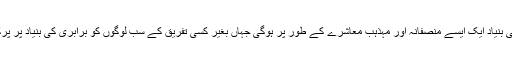
پیپلز ایکٹ کی بنیاد ایک ایسے منصفانہ اور مہذہب معاشرے کے طور پر ہوگی جہاں بغیر کسی تفریق کے سب لوگوں کو برابری کی بنیاد پر پرکھا جائے گا۔